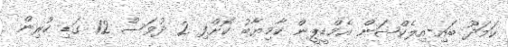
ކަމަދޫ ބައި-އިލެކްޝަން އެމްޑީޕީން ކާމިޔާބު ކޮށްފި 2 ދުވަސް 12 ގަޑި ކުރިން